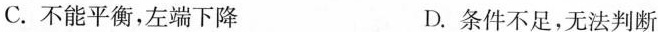
C.不能平衡，左端下降 D.条件不足，无法判断